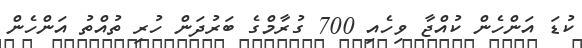
ކުޑަ އަންހެން ކުއްޖާ ވިހެއި 700 ގުރާމްގެ ބަރުދަން ހުރި ތުއްތު އަންހެން